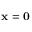
\mathbf { x } = \mathbf { 0 }